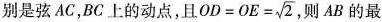
别是弦AC，BC上的动点，且 $$OD=OE= \sqrt{2}$$ 则AB的最